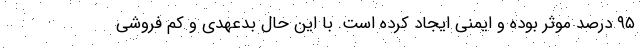
۹۵ درصد موثر بوده و ایمنی ایجاد کرده است. با این حال بدعهدی و کم فروشی